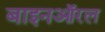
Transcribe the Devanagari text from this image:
बाइनऑरल